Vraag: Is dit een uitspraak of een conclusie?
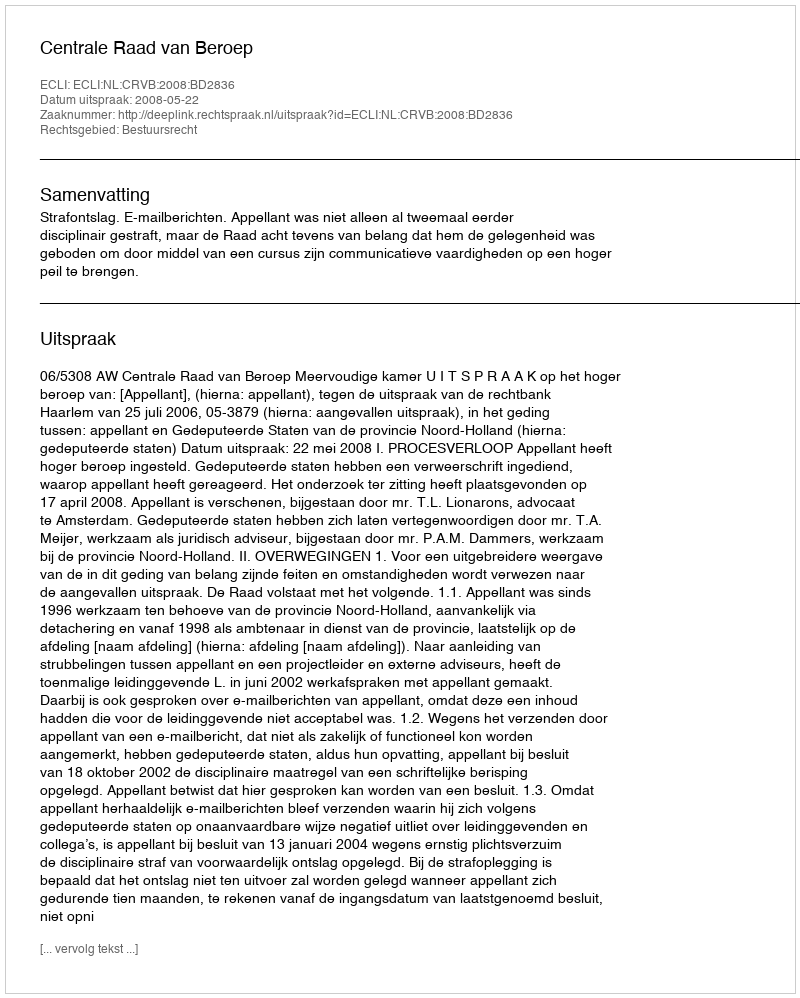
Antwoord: Uitspraak